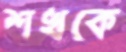
শখকে